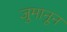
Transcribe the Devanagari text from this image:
जुमानून